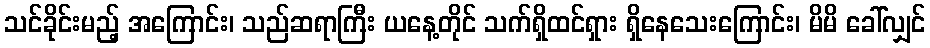
သင်ခိုင်းမည့် အကြောင်း၊ သည်ဆရာကြီး ယနေ့တိုင် သက်ရှိထင်ရှား ရှိနေသေးကြောင်း၊ မိမိ ခေါ်လျှင်